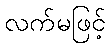
လက်မဖြင့်